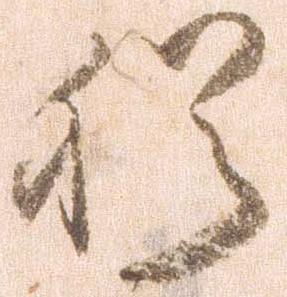
猶